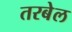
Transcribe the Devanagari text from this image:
तरबेल